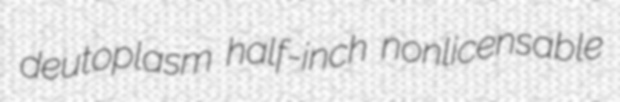
deutoplasm half-inch nonlicensable